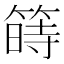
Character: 𥱯